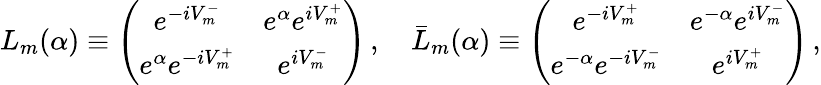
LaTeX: L_{m}(\alpha)\equiv\left(\begin{array}{cc}{{e^{-iV_{m}^{-}}}}&{{e^{\alpha}e^{iV_{m}^{+}}}}\\ {{e^{\alpha}e^{-iV_{m}^{+}}}}&{{e^{iV_{m}^{-}}}}\end{array}\right)\, ,\quad\bar{L}_{m}(\alpha)\equiv\left(\begin{array}{cc}{{e^{-iV_{m}^{+}}}}&{{e^{-\alpha}e^{iV_{m}^{-}}}}\\ {{e^{-\alpha}e^{-iV_{m}^{-}}}}&{{e^{iV_{m}^{+}}}}\end{array}\right)\, ,